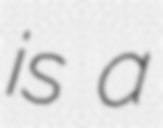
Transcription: is a